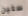
ستين